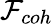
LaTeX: \mathcal{F}_{coh}